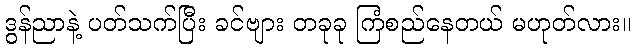
ဒွန်ညာနဲ့ ပတ်သက်ပြီး ခင်ဗျား တခုခု ကြံစည်နေတယ် မဟုတ်လား။